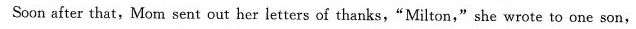
Soon after that，Mom sent out her letters of thanks，"Milton，"she wrote to one son,